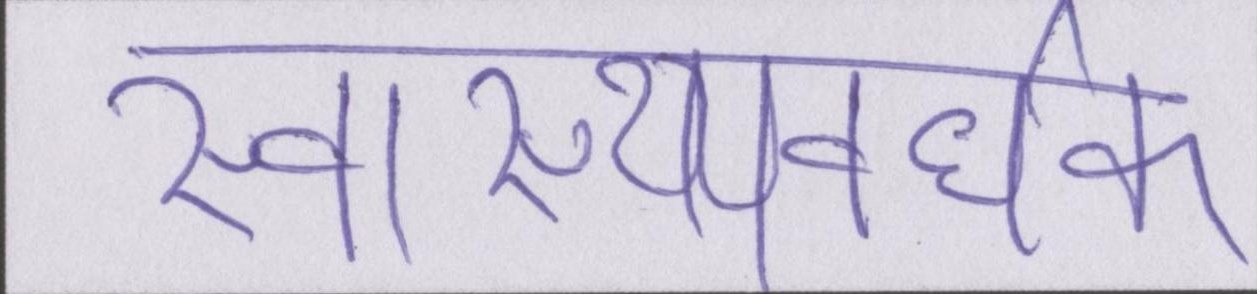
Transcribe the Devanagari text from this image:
स्वास्थ्यवर्धक